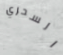
السحري